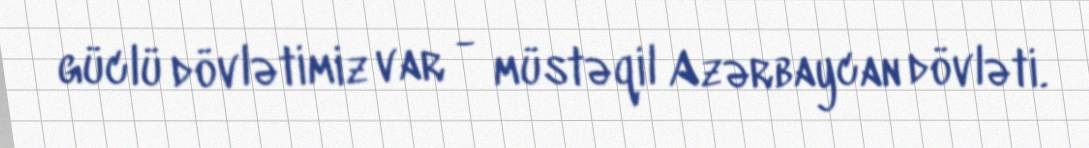
güclü dövlətimiz var - müstəqil Azərbaycan dövləti.